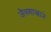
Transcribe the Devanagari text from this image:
जैवशास्त्राने